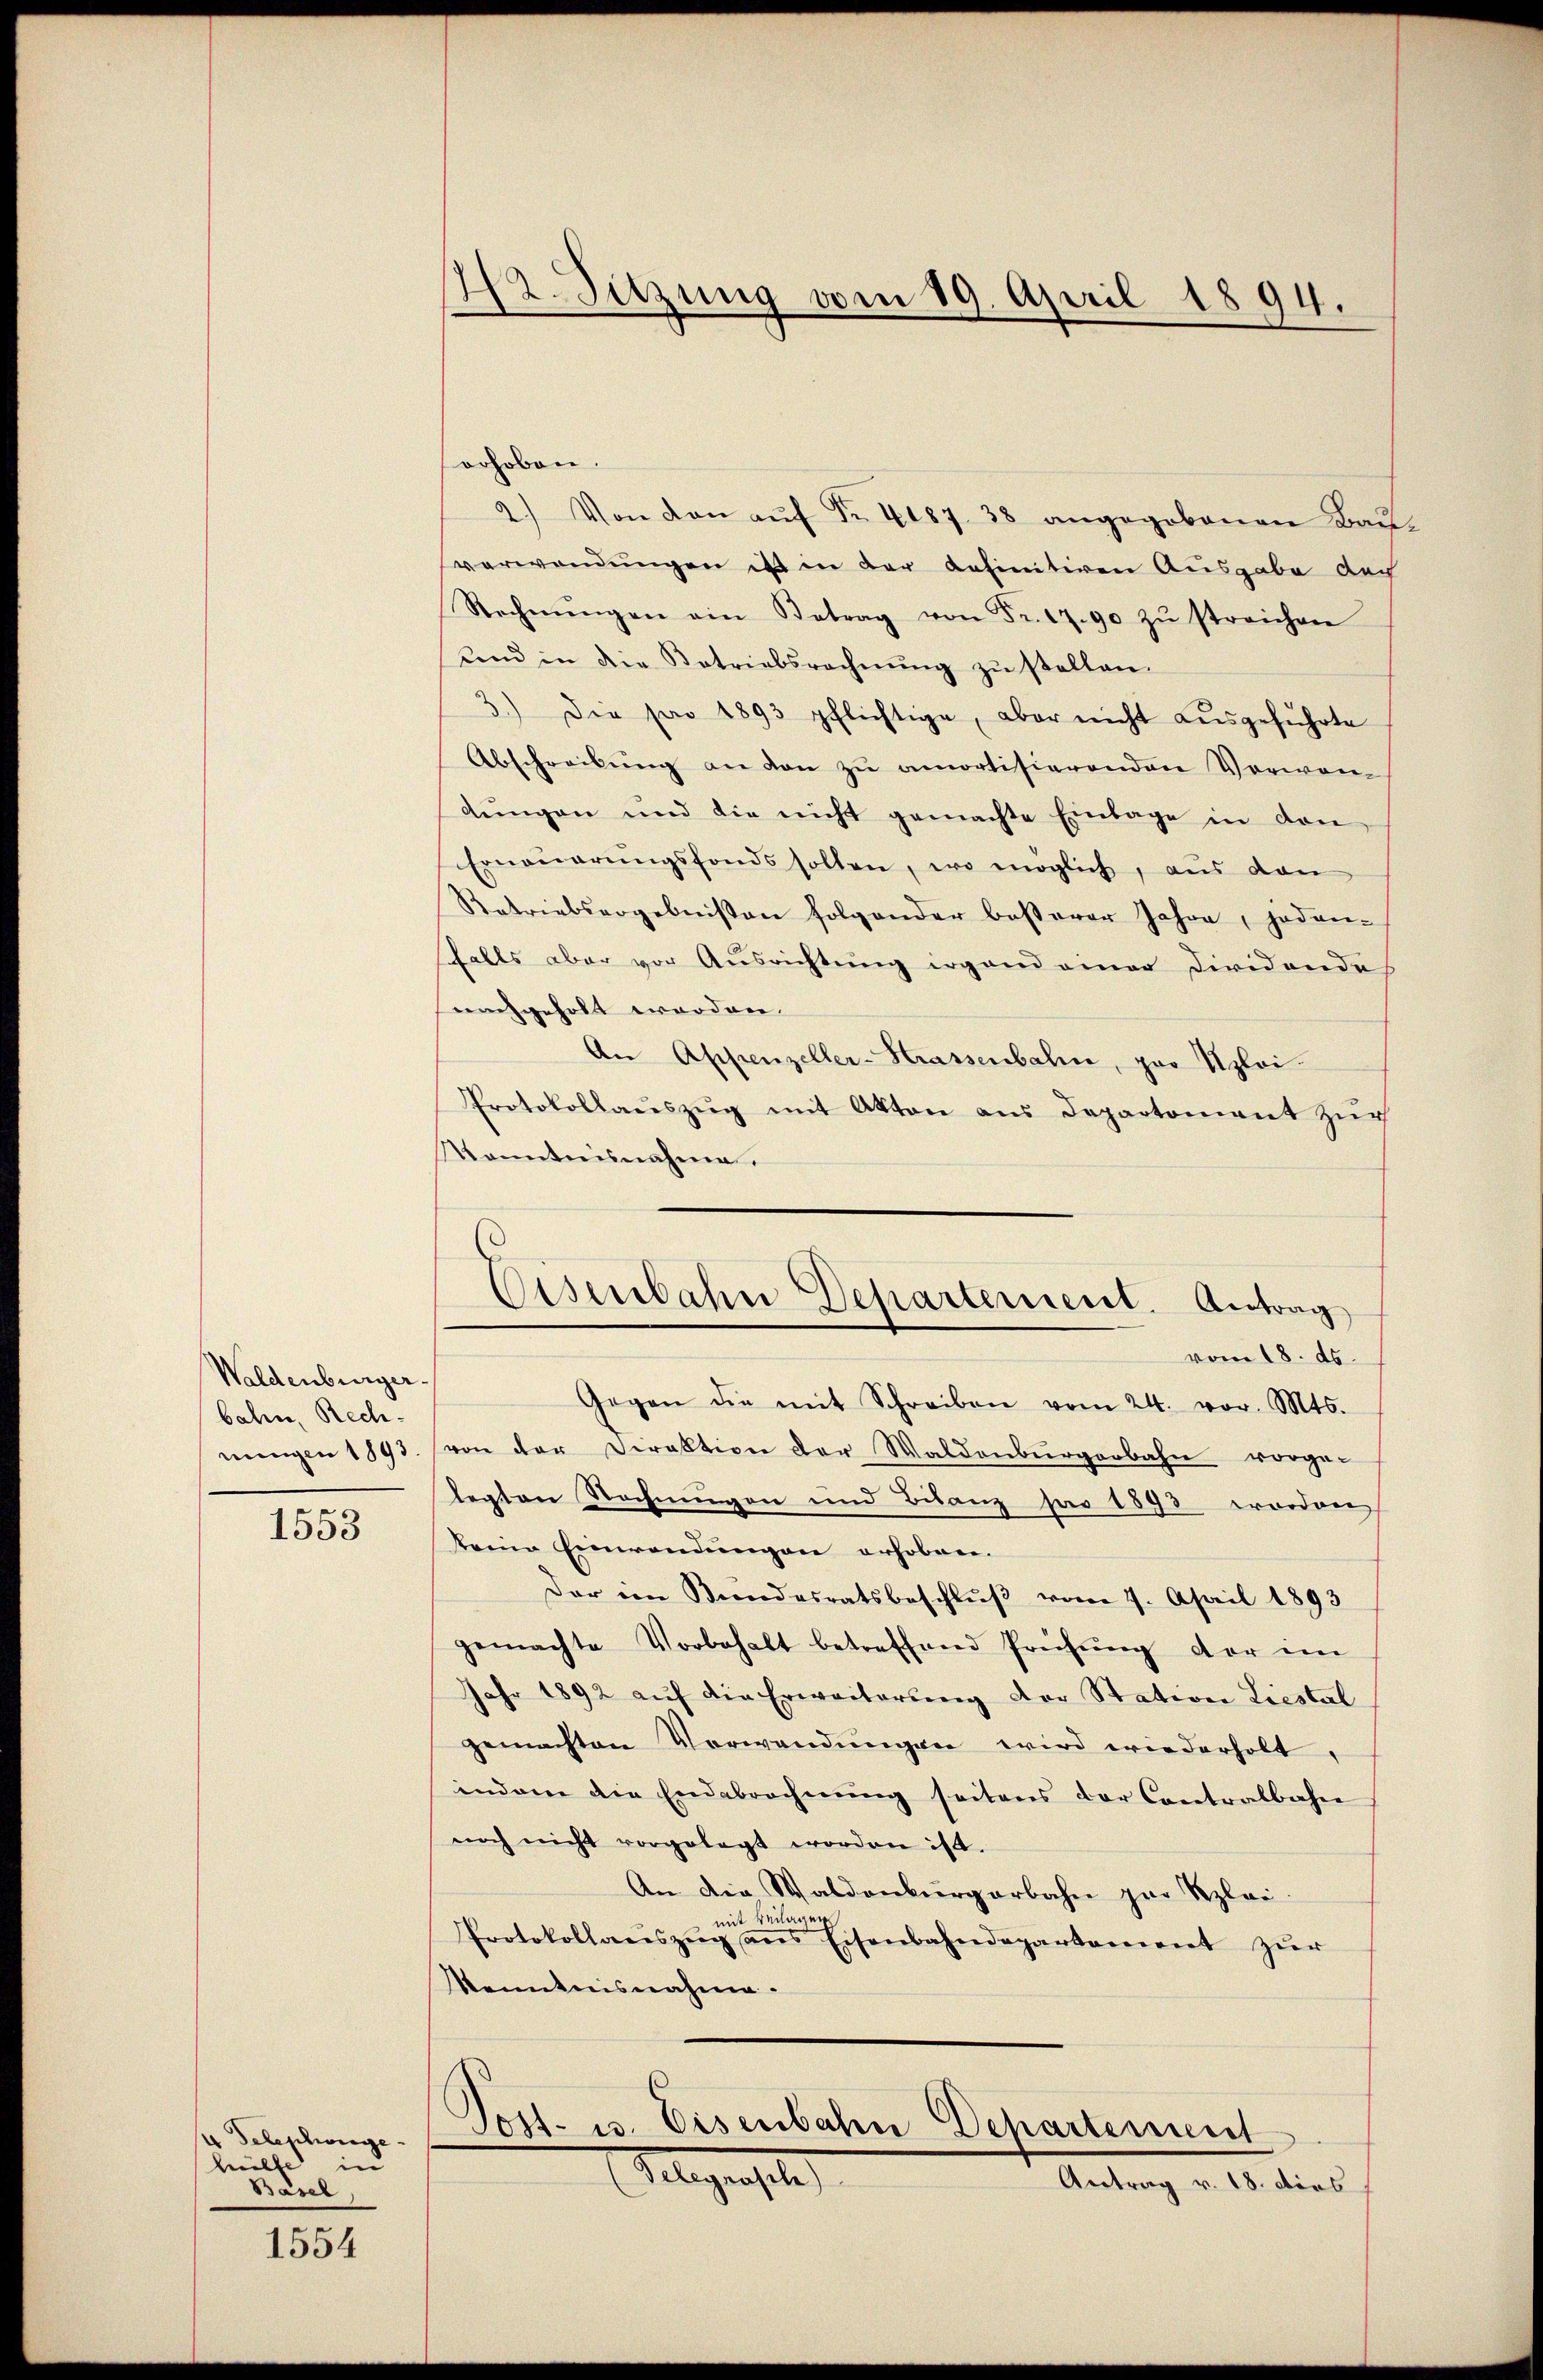
Waldenburger
bahn, Rechnungen 1893

1553

Debeschwinge
hilfe in
Basel

1554

42. Sitzung vom 19. April 1894.

orhoben.
2.) Von den aŭf Nr. 4187. 38 angegebenen Baŭ-
verwendungen ist in der anfinitiven Ausgabe doch
Rechnŭngen ain Betrag von Fr. 1790 zŭ streichen
uend in die Betriebsrechnŭng zŭ stellen.
3.) Die pro 1893 pflichtige, aber nicht ausgeführte
Abschreibŭng an den zŭ amortisierenden Verwan
dŭngen und die nicht gemachte Einlage in den
Erneŭerŭngsfonds solten, wo möglich, aus den
Retriebsergebnissen folgender besterer Jahre, jeden-
Falls aber vor Ausrichtung irgend einer Dividende
nachgeholt worden.
An Appenzeller-Krassenbahne, par Uploi
Protokollaŭszŭg mit Akten aus Departement zŭr
Kenntnisnahme.
s
Gegen die mit Schreiben vom 24. vor. Mts.
von der Direktion der Waldenburgerbahn vorge-
legten Rechnungen und Bilanz pro 1893 worden
keine Einwendungen erhoben.
Der im Bundesratsbeschlŭβ vom 7. April 1893
gemachte Vorbehalt betreffend Prüfŭng der im
Jahr 1892 aŭf die Erweiterung der Station Liestal
gemachten Verwendŭngen wird wiederholt,
indem die Endebrechnŭng seitens der Contralbahn
noch nicht vorgelegt worden ist.
An die Waldenburgerbahn zur Kleimit Beilagen
Protokollanszŭg ans Eisenbahndepartament zŭr
Kenntensnahme.
Post- u. Eisenbahn Departement
Aulegenste
Antrag v. 18. dies

Eisenbahn Departement. Antrag
vom 18. ds.